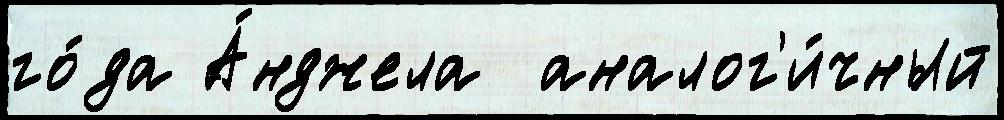
го́да А́нджела  аналог'и́чный